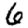
Digit: 6